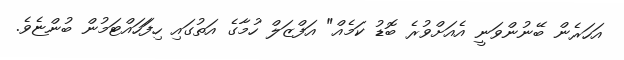
އަހަރެން ބޭނުންވަނީ އެއަށްވުރެ ބޮޑު ކަމެއް" އަފްޒަލް ހުމާގެ އަތުގައި ހިފަަހައްޓަމުން ބުންޏެވެ.